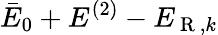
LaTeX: \bar{E}_{0}+E^{(2)}-E_{\mathrm{~R~},k}